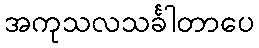
အကုသလသင်္ခါတာပေ